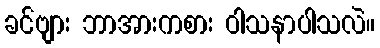
ခင်ဗျား ဘာအားကစား ဝါသနာပါသလဲ။